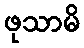
ဖုသာမိ